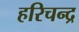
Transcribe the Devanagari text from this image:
हरिचन्द्र